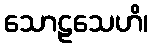
သောဠသေဟိ၊